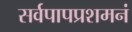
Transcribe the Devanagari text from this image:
सर्वपापप्रशमनं